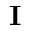
\mathbf { I }